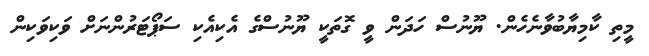
މީތި ކާމިޔާބުވާނެހެން. ޔޫނުސް ހަދަން ވީ ގޮތަކީ ޔޫނުސްގެ އެކިއެކި ސަޕޯޓަރުންނަށް ވަކިވަކިން